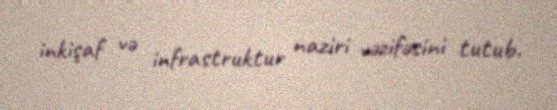
inkişaf və infrastruktur naziri vəzifəsini tutub.